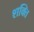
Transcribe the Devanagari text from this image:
श्‍ाक्‍ित